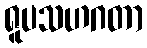
ရူပသဟဂတာ